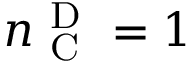
n _ { \mathrm { ~ C ~ } } ^ { \mathrm { ~ D ~ } } = 1